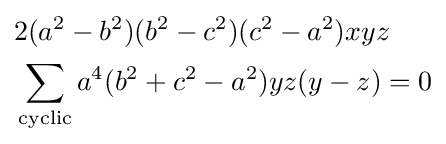
{\begin{aligned}&2(a^{2}-b^{2})(b^{2}-c^{2})(c^{2}-a^{2})xyz\\&\sum _{\text{cyclic}}a^{4}(b^{2}+c^{2}-a^{2})yz(y-z)=0\end{aligned}}